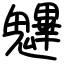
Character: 魓